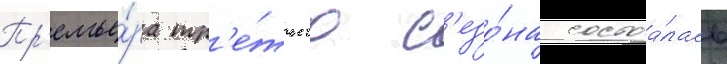
Пр'емье́ра тр'е́тьего с'езо́на состоа́лась